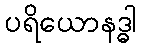
ပရိယောနဒ္ဓါ